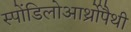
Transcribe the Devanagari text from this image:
स्पोंडिलोआर्थ्रोपैथी